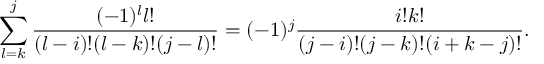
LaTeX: \sum _ { l = k } ^ { j } { \frac { ( - 1 ) ^ { l } l ! } { ( l - i ) ! ( l - k ) ! ( j - l ) ! } } = ( - 1 ) ^ { j } { \frac { i ! k ! } { ( j - i ) ! ( j - k ) ! ( i + k - j ) ! } } .